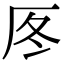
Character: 𠩁